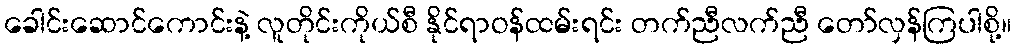
ခေါင်းဆောင်ကောင်းနဲ့ လူတိုင်းကိုယ်စီ နိုင်ရာဝန်ထမ်းရင်း တက်ညီလက်ညီ တော်လှန်ကြပါစို့။